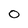
Character: 0